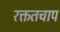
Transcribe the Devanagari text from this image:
रक्ततचाप